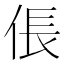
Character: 倀